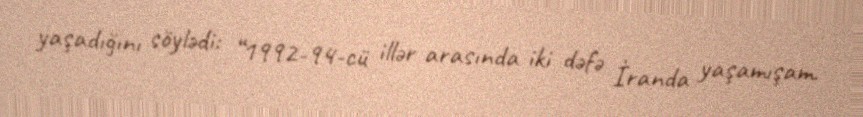
yaşadığını söylədi: “1992-94-cü illər arasında iki dəfə İranda yaşamışam.